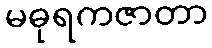
မဓုရကဇာတာ